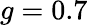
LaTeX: g=0.7